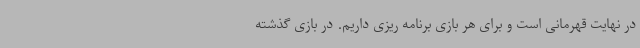
در نهایت قهرمانی است و برای هر بازی برنامه ریزی داریم. در بازی گذشته